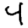
Digit: 4